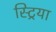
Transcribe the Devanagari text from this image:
स्ट्रिया